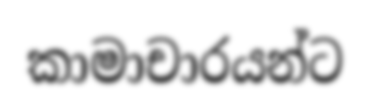
කාමාචාරයන්ට